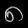
Digit: ၈